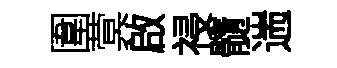
圍蓂啟祲髓遄